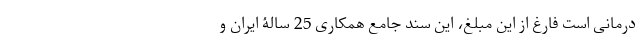
‌درمانی است فارغ از این مبلغ، این سند جامع همکاری 25 سالۀ ایران و